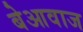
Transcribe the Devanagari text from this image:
बेआवाज